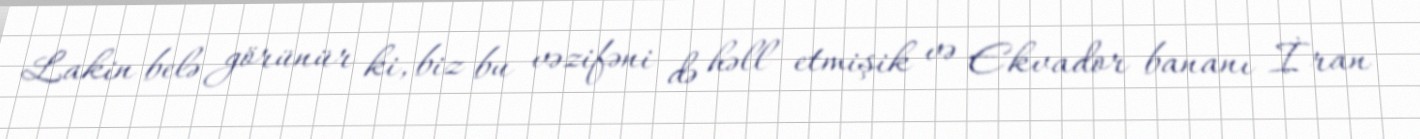
Lakin belə görünür ki, biz bu vəzifəni də həll etmişik və Ekvador bananı İran